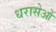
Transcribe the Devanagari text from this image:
धरासेओ